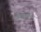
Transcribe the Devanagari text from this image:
मनोरथवर्मन्